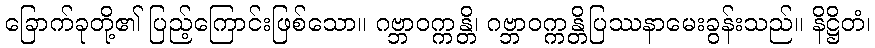
ခြောက်ခုတို့၏ ပြည့်ကြောင်းဖြစ်သော။ ဂဗ္ဘာဝက္ကန္တိ၊ ဂဗ္ဘာဝက္ကန္တိပြဿနာမေးခွန်းသည်။ နိဋ္ဌိတံ၊